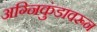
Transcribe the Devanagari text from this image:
अग्निकुंडावरून